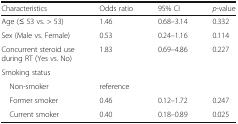
<table><thead><tr><td><b>Characteristics</b></td><td><b>Odds ratio</b></td><td><b>95% CI</b></td><td><b><i>p</i>-value</b></td></tr></thead><tbody><tr><td>Age (≤ 53 vs. &gt; 53)</td><td>1.46</td><td>0.68–3.14</td><td>0.332</td></tr><tr><td>Sex (Male vs. Female)</td><td>0.53</td><td>0.24–1.16</td><td>0.114</td></tr><tr><td>Concurrent steroid use during RT (Yes vs. No)</td><td>1.83</td><td>0.69–4.86</td><td>0.227</td></tr><tr><td>Smoking status</td><td></td><td></td><td></td></tr><tr><td> Non-smoker</td><td>reference</td><td></td><td></td></tr><tr><td> Former smoker</td><td>0.46</td><td>0.12–1.72</td><td>0.247</td></tr><tr><td> Current smoker</td><td>0.40</td><td>0.18–0.89</td><td>0.025</td></tr></tbody></table>